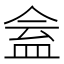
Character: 𥁧